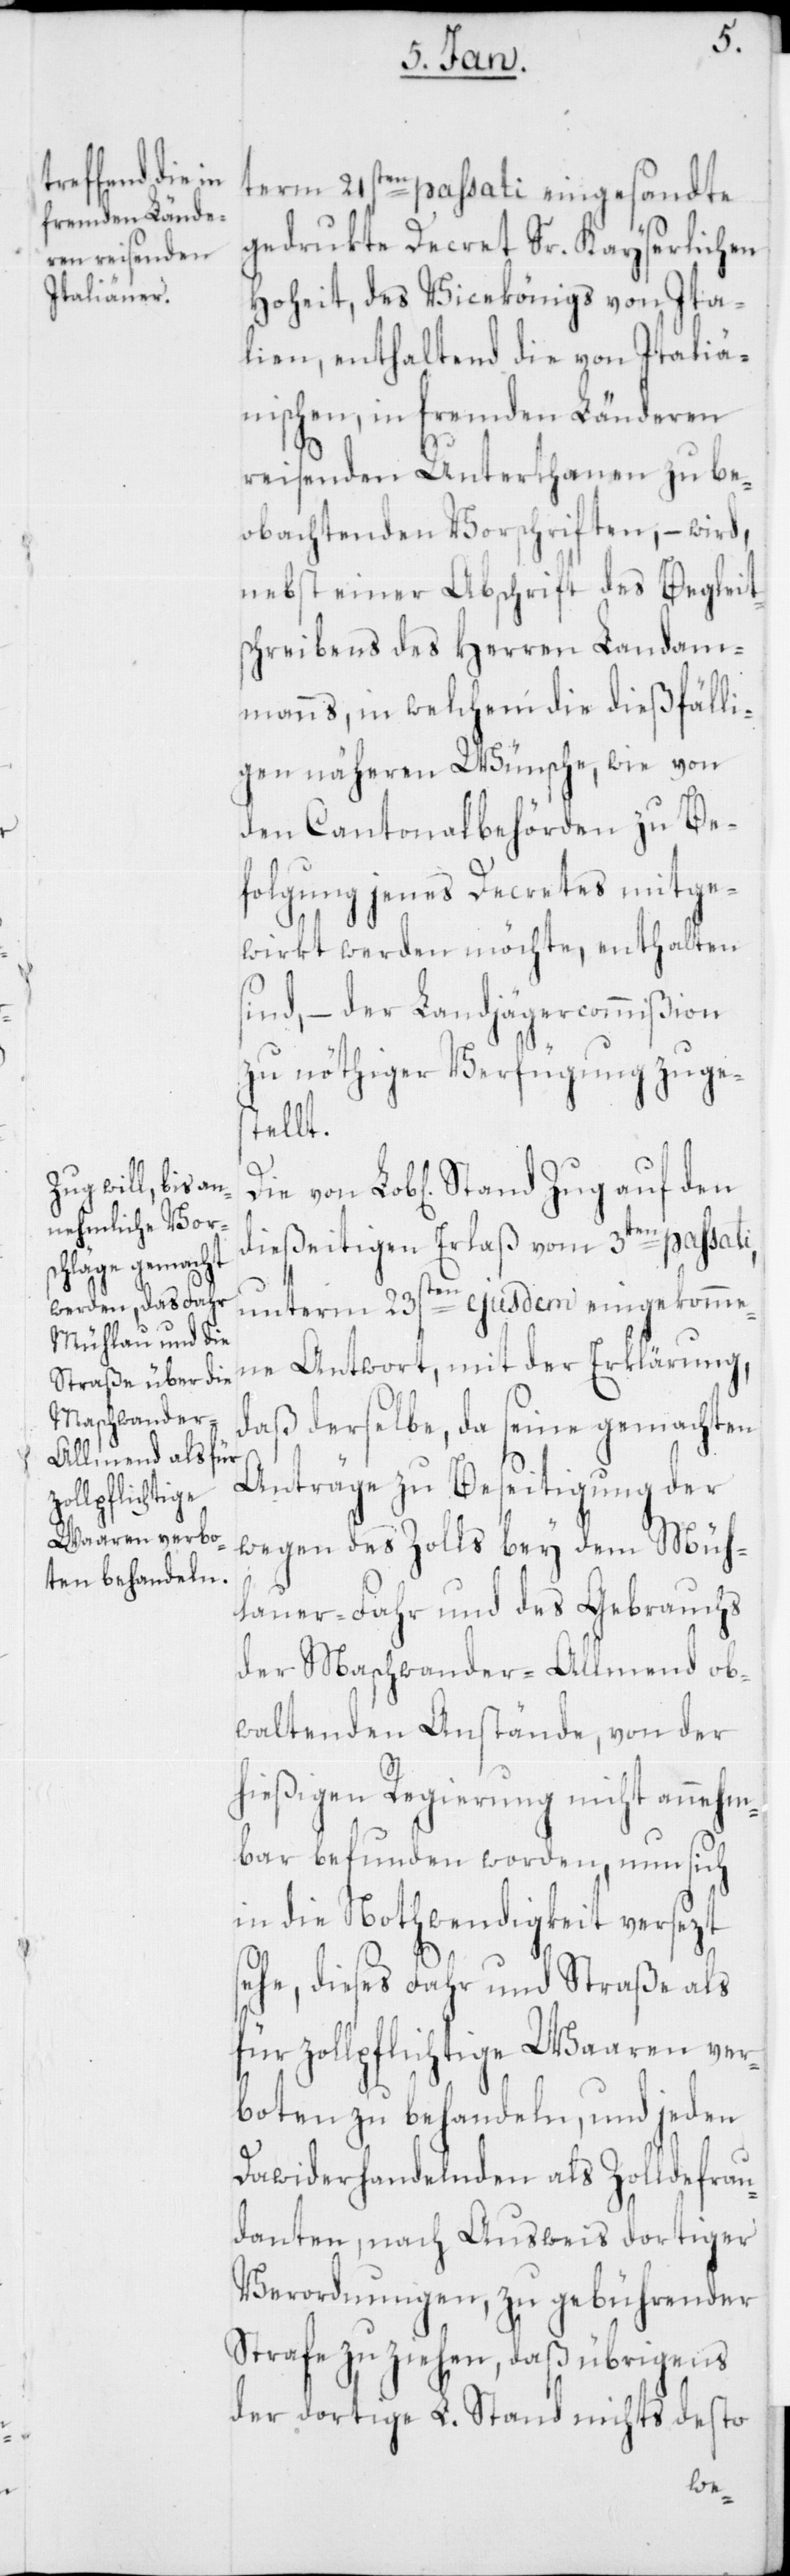
term 21sten passati eingesandte
gedruckte Decret Sr. Kayserlichen
Hoheit, des Vicekönigs von Ita¬
lien, enthaltend die von Italiä¬
nischen, in fremden Länderen
reisenden Unterthanen zu be¬
obachtenden Vorschriften, – wird,
nebst einer Abschrift des Begleits¬
chreibens des Herren Landam¬
manns, in welchem die dießfälli¬
gen näheren Wünsche, wie von
den Cantonalbehörden zu Be¬
folgung jenes Decretes mitge¬
wirkt werden möchte, enthalten
sind, – der Landjägercommißion
zu nöthiger Verfügung zuges¬
tellt.
dießeitigen Erlaß vom 3ten passati,
unterm 23sten ejusdem eingekomme¬
ne Antwort, mit der Erklärung,
daß derselbe, da seine gemachten
Anträge zu Beseitigung der
wegen des Zolls bey dem Müh¬
lauer-Fahr und des Gebrauchs
der Maschwander-Allmend ob¬
waltenden Anstände, von der
hießigen Regierung nicht annehm¬
bar befunden worden, nun sich
in die Nothwendigkeit versezt
sehe, dieses Fahr und Straße als
für zollpflichtige Waaren ver¬
boten zu behandeln, und jeden
Dawiderhandelnden als Zolldefrau¬
danten, nach Ausweis dortiger
Verordnungen, zu gebührender
Strafe zu ziehen, daß übrigens
der dortige L. Stand nichts desto